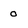
Character: 0